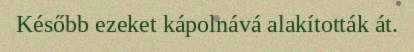
Később ezeket kápolnává alakították át.